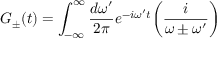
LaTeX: G _ { \pm } ( t ) = \int _ { - \infty } ^ { \infty } { \frac { d \omega ^ { \prime } } { 2 \pi } } e ^ { - i \omega ^ { \prime } t } \biggl ( { \frac { i } { \omega \pm \omega ^ { \prime } } } \biggr )